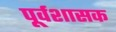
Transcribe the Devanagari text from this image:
पूर्वशासक